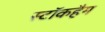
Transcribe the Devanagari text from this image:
स्टॉकहैम